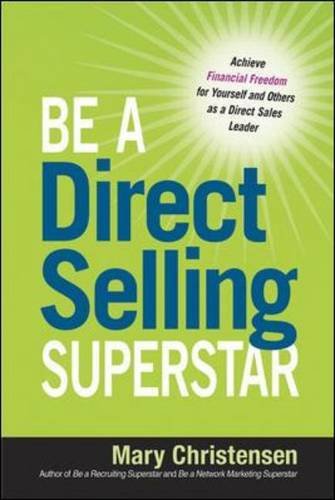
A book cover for Be a Direct Selling Superstar: Achieve Financial Freedom for Yourself and Others as a Direct Sales Leader; Mary Christensen; Business & Money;